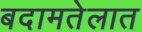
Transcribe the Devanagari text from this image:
बदामतेलात